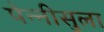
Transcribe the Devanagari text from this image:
पेन्‍नीसुला